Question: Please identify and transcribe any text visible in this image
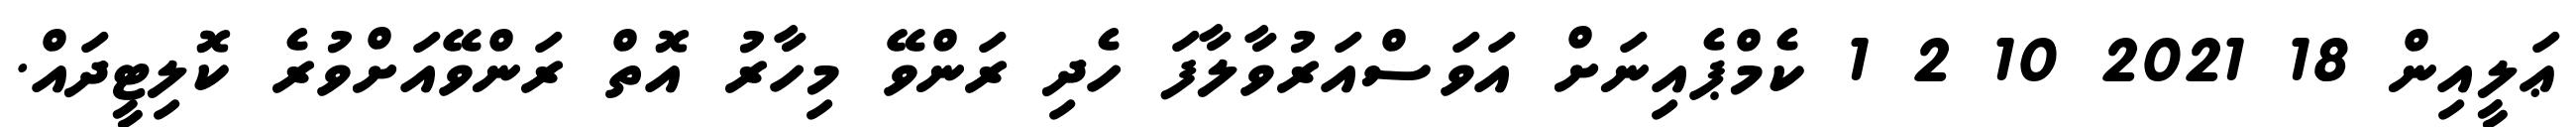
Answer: ޢަލީއިން 18 2021 10 2 1 ކެމްޕެއިނަށް އަވަސްއަރުވާލާފަ ހެދި ރަންވޭ މިހާރު އޮތް ރަންވޭއަށްވުރެ ކޮލިޓީދައް.